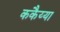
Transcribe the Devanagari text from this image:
ककैय्या